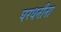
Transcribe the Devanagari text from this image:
घरधनीना